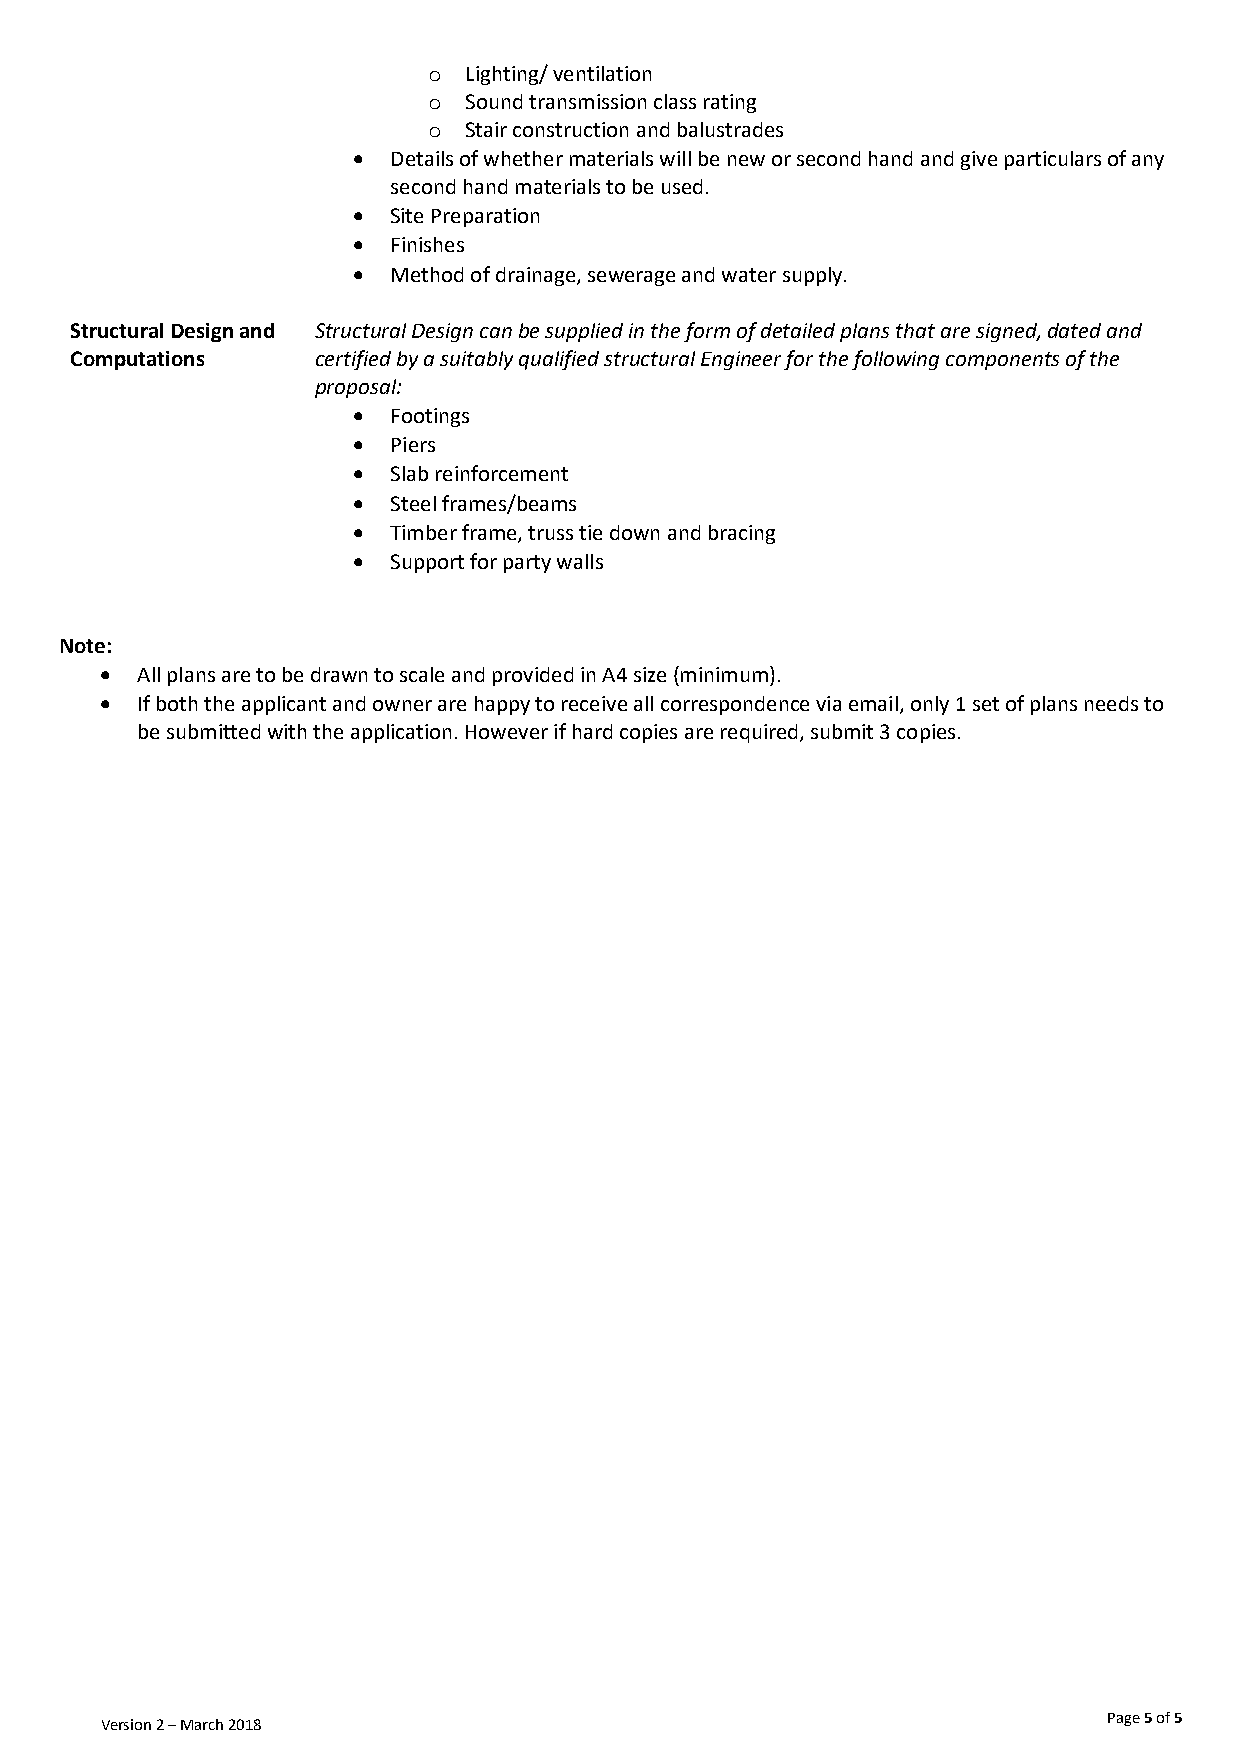
o  Lighting/ ventilation
 o  Sound transmission class rating
 o  Stair construction and balustrades
 •  Details of whether materials will be new or second hand and give particulars of any
 second hand materials to be used.
 •  Site Preparation
 •  Finishes
 •  Method of drainage, sewerage and water supply.
 Structural Design and Structural Design can be supplied in the form of detailed plans that are signed, dated and
 Computations    certified by a suitably qualified structural Engineer for the following components of the
 proposal:
 •  Footings
 •  Piers
 •  Slab reinforcement
 •  Steel frames/beams
 •  Timber frame, truss tie down and bracing
 •  Support for party walls
 Note:
 • All plans are to be drawn to scale and provided in A4 size (minimum).
 • If both the applicant and owner are happy to receive all correspondence via email, only 1 set of plans needs to
 be submitted with the application. However if hard copies are required, submit 3 copies.
 Page 5 of 5
 Version 2 – March 2018